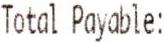
TOTAL PAYABLE: